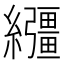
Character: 𦇤